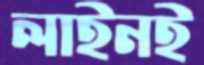
লাইনই